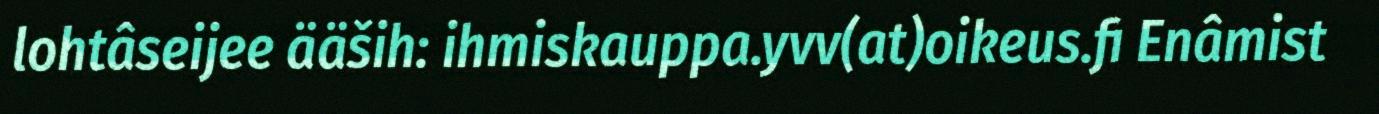
lohtâseijee ääših: ihmiskauppa.yvv(at)oikeus.fi Enâmist